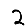
Digit: 2